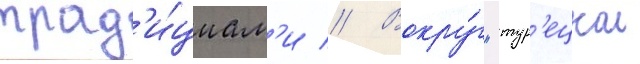
трад'и́циам'и // Вокру́г "тур'ецкои